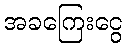
အခကြေးငွေ